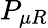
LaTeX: P_{\mu R}